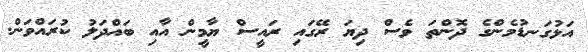
އަޅުގަނޑުމެންގެ ދޮންތަ ވެސް ދިޔަ ރޭގައި ރައީސް ޔާމީން އާއި ބައްދަލު ކުރައްވަން.